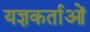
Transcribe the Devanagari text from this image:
यज्ञकर्ताओं